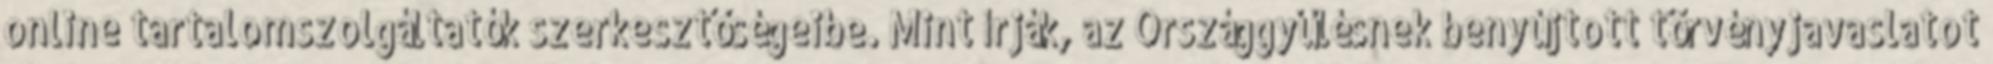
online tartalomszolgáltatók szerkesztőségeibe. Mint írják, az Országgyűlésnek benyújtott törvényjavaslatot